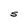
Character: S